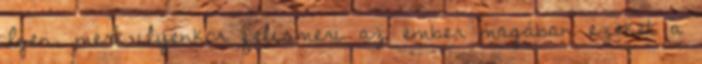
Igen, mert ilyenkor felismeri az ember magában ezeket a